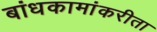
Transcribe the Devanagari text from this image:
बांधकामांकरीता